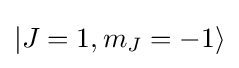
|J=1,m_{J}=-1\rangle